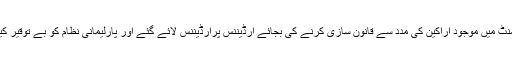
پارلیمنٹ میں موجود اراکین کی مدد سے قانون سازی کرنے کی بجائے آرڈیننس پرآرڈیننس لائے گئے اور پارلیمانی نظام کو بے توقیر کیا گیا۔